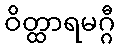
ဝိတ္ထာရမဂ္ဂီ